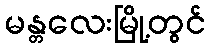
မန္တလေးမြို့တွင်